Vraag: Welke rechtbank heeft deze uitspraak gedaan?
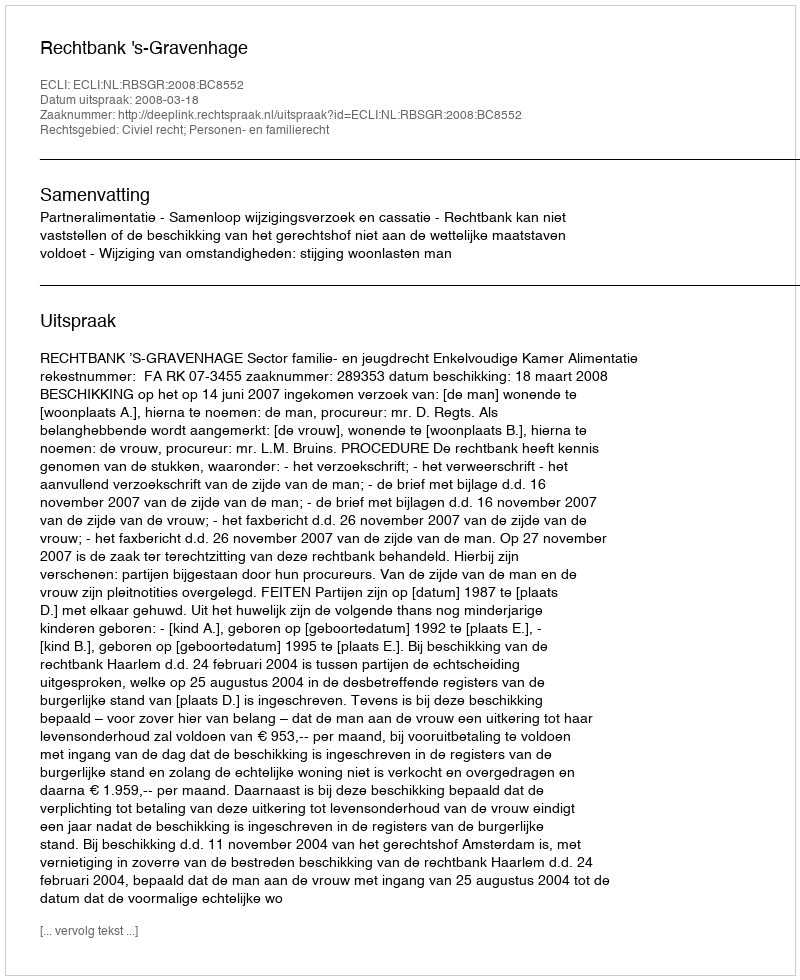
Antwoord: Rechtbank 's-Gravenhage